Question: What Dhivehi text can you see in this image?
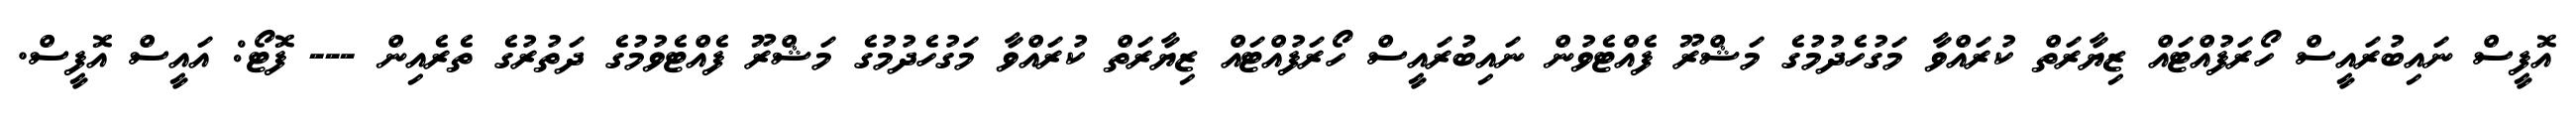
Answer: އޮފީސް ނައިބުރައީސް ހޯރަފުއްޓައް ޒިޔާރަތް ކުރައްވާ މަގުހެދުމުގެ މަޝްރޫ ފެއްޓެވުން ނައިބުރައީސް ހޯރަފުއްޓައް ޒިޔާރަތް ކުރައްވާ މަގުހެދުމުގެ މަޝްރޫ ފެއްޓެވުމުގެ ދަތުރުގެ ތެރެއިން --- ފޮޓޯ: އައީސް އޮފީސް.